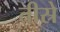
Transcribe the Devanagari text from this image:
तीस्रे